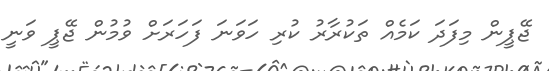
ޖޭޕީން މިފަދަ ކަމެއް ތަކުރާރު ކުރި ހަވަނަ ފަހަރަށް ވުމުން ޖޭޕީ ވަނީ